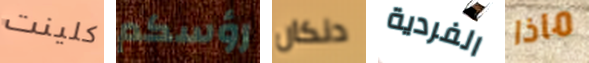
كلينت رؤسكم دنكان الفردية ماذا